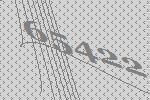
65422